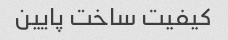
کیفیت ساخت پایین